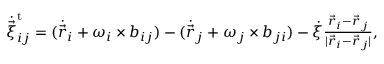
\begin{array} { r } { \dot { \vec { \xi } } _ { i j } ^ { \mathrm { t } } = ( \dot { \vec { r } } _ { i } + \boldsymbol { \omega } _ { i } \times \boldsymbol { b } _ { i j } ) - ( \dot { \vec { r } } _ { j } + \boldsymbol { \omega } _ { j } \times \boldsymbol { b } _ { j i } ) - \dot { \xi } \frac { \vec { r } _ { i } - \vec { r } _ { j } } { | \vec { r } _ { i } - \vec { r } _ { j } | } , } \end{array}